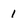
Character: 1